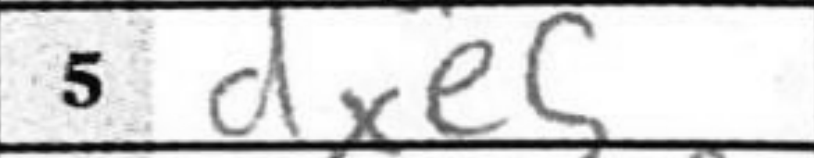
Transcription: dxe5